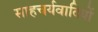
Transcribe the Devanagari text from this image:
साहचर्यवादियों